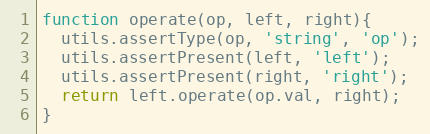
Language: JavaScript
function operate(op, left, right){
  utils.assertType(op, 'string', 'op');
  utils.assertPresent(left, 'left');
  utils.assertPresent(right, 'right');
  return left.operate(op.val, right);
}